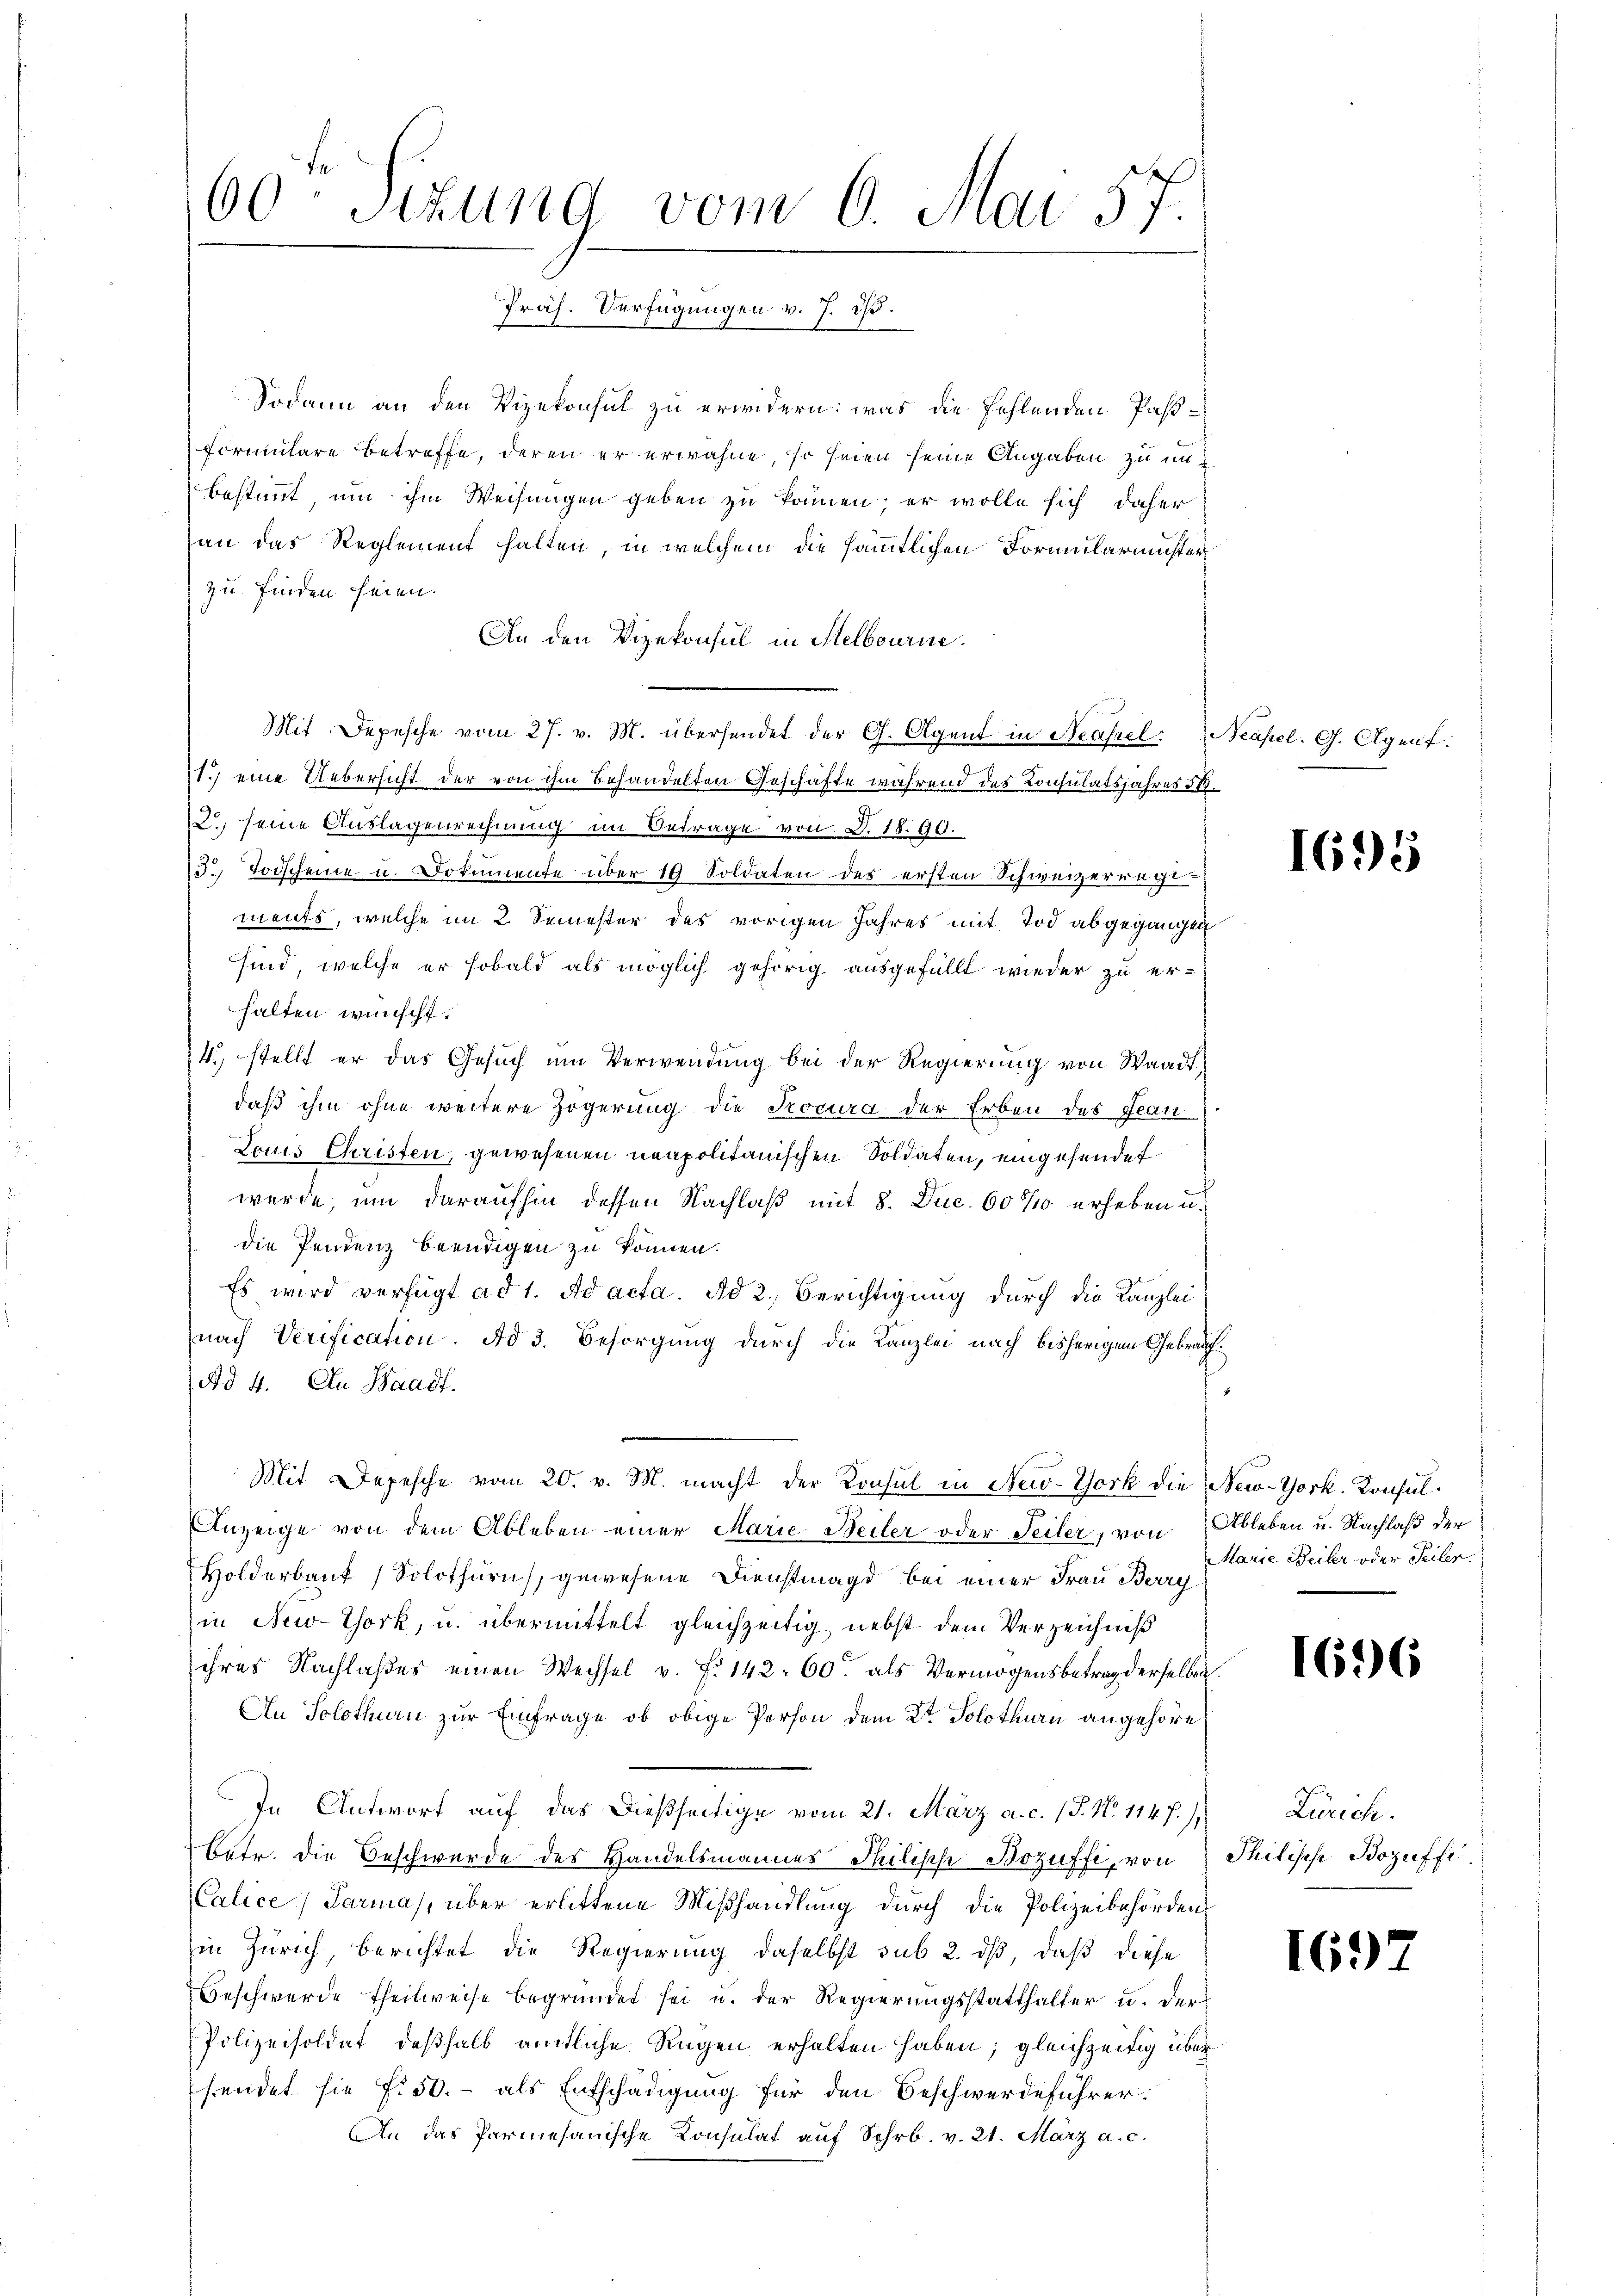
60ten Sizung vom 6. Mai 57.
Präs. Verfügungen v. J. 175.

Sodann an den Vizekonsul zu erwidern: was die fehlenden Paßformulare betreffe, deren er erwähne, so seien seine Angaben zu unbestimmt, um ihm Weisungen geben zu können; er wolle sich daher
an das Reglement halten, in welchem die sämmtlichen Formularmuster
zu finden seien.
An den Vizekonsul in Melbourne.
Mit Depesche vom 27. v. M. übersendet der G. Agent in Neapel Neapel. G. Agent.
11.) eine Uebersicht der von ihm behandelten Geschäfte während des Konsulatsjahres 517.
2. seine Auslagenrechnung im Betrage von d. 1890.
3. Todscheine u. Dokumente über 19 Soldaten der ersten Schweizerrege
ments, welche im 2 Semester des vorigen Jahres mit Tod abgegangen
sind, welche er sobald als möglich gehörig ausgefüllt wieder zu er-
halten wünscht.
4. stellt er das Gesŭch um Verwendung bei der Regierung von Waadt,
daß ihm ohne weitere Zögerung die Procura der Erben des Jean
Louis Christen, gewesenen neapolitanischen Soldaten, eingesendet
wurde, um daraufhin dessen Nachlaß mit 8. Juc. 60% erheben u.
die Pendenz beendigen zu können.
Es wird verfügt ad 1. Ad acta. Ad 2., Berichtigung durch die Kanzlei
nach Verification. Ad 3. Besorgung durch die Kanzlei nach bisherigem Gebrauf.
Ad 4. An Waadt.
Mit Depesche vom 20. v. M. macht der Konsul in New-York die
Anzeige von dem Ableben einer Marie Beiler oder Teiler, von Ableben u. Nachlaß der
Holderbank (Solothurn, gewesene Dienstmagd bei einer Frau Berry
in New-York, u. übermittelt gleichzeitig nebst dem Verzeichniß
ihres Nachlaßes einen Wechsel v. f. 142. 60. als Vermögensbetrag derselben.
An Solothurn zur Einfrage, ob obige Person dem 2t Solothurn angehöre
In Antwort aŭf das dießseitige vom 21. März a. c. (T. No. 1147) Zürich
betr. die Beschwerde des Handelsmannes Philische Bozuffe, von
Calice (Parma), über erlittene Mißhandlung durch die Polizeibehörden
in Zürich, berichtet die Regierung daselbst sub 2. ds, daß diese
Beschwerde theilweise begründet sei u. der Regierungsstatthalter u. der
Polizeisoldat deßhalb amtliche Regen erhalten haben; gleichzeitig über
sendet sie f. 50.- als Entschädigung für den Beschwerdeführer.
An das Parmesanische Konsulat auf Schrb. v. 21. März a. c.

1695

New-York. Konsul
Marie Beiler oder Teiler.

1696

Philische Bozaffe

1697